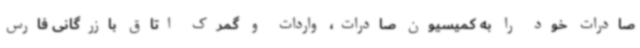
صادرات خود را به کمیسیون صادرات، واردات و گمرک اتاق بازرگانی فارس